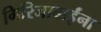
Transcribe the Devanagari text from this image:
गिरिजाबाईंना